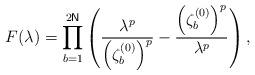
LaTeX: \begin{align*}F(\lambda )=\prod_{b=1}^{2\mathsf{N}}\left( \frac{\lambda ^{p}}{\left( \zeta_{b}^{(0)}\right) ^{p}}-\frac{\left( \zeta _{b}^{(0)}\right) ^{p}}{\lambda^{p}}\right) ,\end{align*}